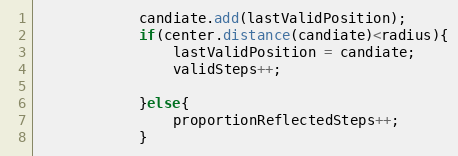
Language: Java
			candiate.add(lastValidPosition);
			if(center.distance(candiate)<radius){
				lastValidPosition = candiate;
				validSteps++;

			}else{
				proportionReflectedSteps++;
			}